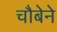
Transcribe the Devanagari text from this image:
चौबेने